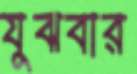
যুঝবার